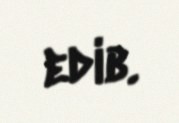
edib.